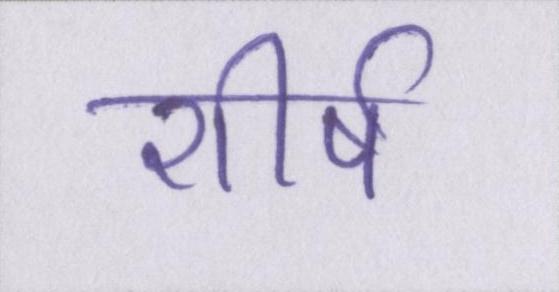
शीर्ष